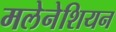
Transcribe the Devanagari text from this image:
मलेनेशियन